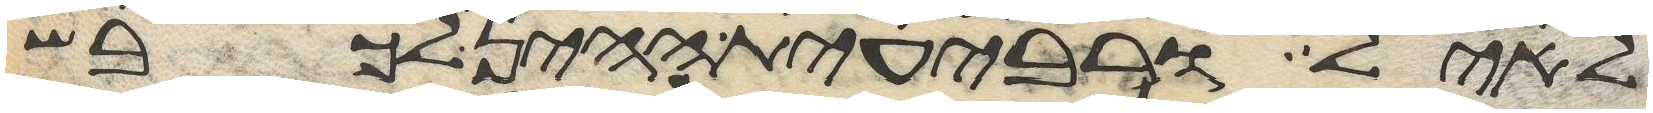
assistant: לאיל ורביעית ההין לכבש